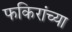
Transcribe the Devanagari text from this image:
फकिरांच्या